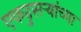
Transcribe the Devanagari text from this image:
एकदुसऱ्यांच्या